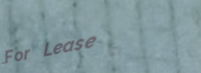
For Lease